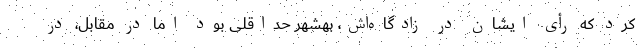
کرد که رأی ایشان در زادگاه‌اش، بهشهر حداقلی بود اما در مقابل، در